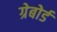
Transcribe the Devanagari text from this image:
ग्रेबोर्ड